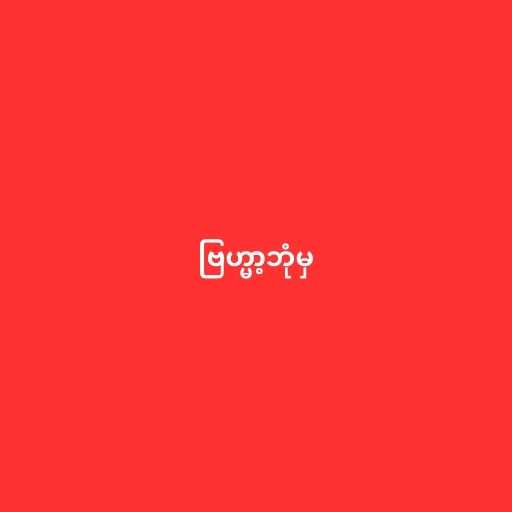
ဗြဟ္မာ့ဘုံမှ